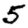
Digit: 5